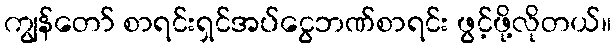
ကျွန်တော် စာရင်းရှင်အပ်ငွေဘဏ်စာရင်း ဖွင့်ဖို့လိုတယ်။